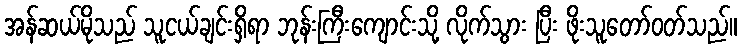
အန်ဆယ်မိုသည် သူငယ်ချင်းရှိရာ ဘုန်းကြီးကျောင်းသို့ လိုက်သွား ပြီး ဖိုးသူတော်ဝတ်သည်။